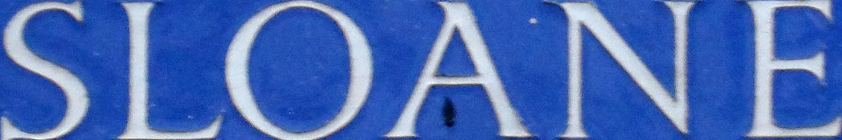
SLOANE